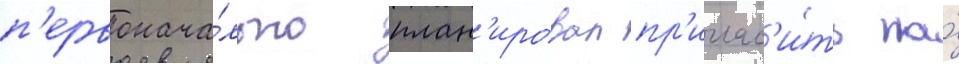
п'ервонача́льно план'ировал пр'иглас'и́ть на́